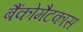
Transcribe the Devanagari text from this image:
बैंकोमैटकास